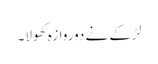
لڑکے نے دوروازہ کھولا۔